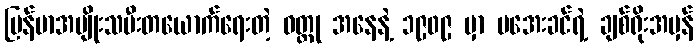
မြန်မာအမျိုးသမီးတယောက်ရေးတဲ့ ဝတ္ထု အနေနဲ့ ၁၉၀၉ မှာ မအေးခင်ရဲ့ ချစ်ရိုးအမှန်